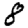
Digit: 8